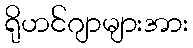
ရိုဟင်ဂျာများအား